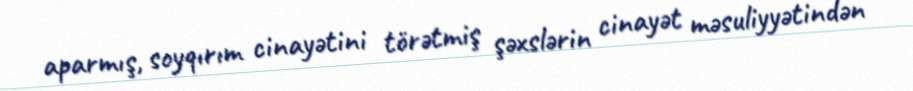
aparmış, soyqırım cinayətini törətmiş şəxslərin cinayət məsuliyyətindən